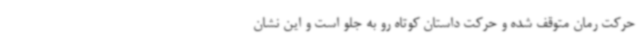
حرکت رمان متوقف شده و حرکت داستان کوتاه رو به جلو است و این نشان